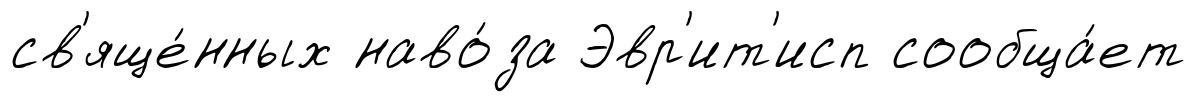
св'яще́нных наво́за Эвр'ит'исп сообща́ет